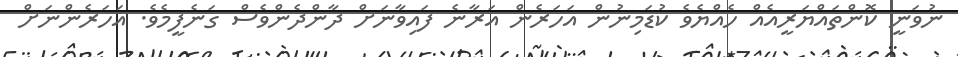
ނުވަނީ ކޮންތައްޔަރީއެއް ހެއްޔެވެ ކުޑަމިނުން އަހަރެން އަރާނެ ފައިވާނަށް ދާންދެންވެސް ގަނެފީމެވެ. އަހަރެންނަށް